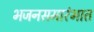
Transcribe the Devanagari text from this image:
भजनसमारंभात